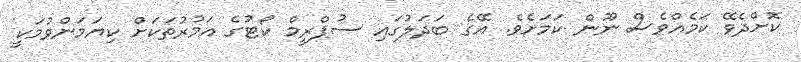
ކޮށްދެވޭ ކަމެއްވެސް ނޫން ކަމަށެވެ. އޭގެ ބަދަލުގައި ސުޕްރީމް ކޯޓުގެ އަމުރުތަކަށް ކިޔަމަންވުމަކީ